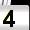
Digit: 4